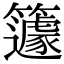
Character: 籧